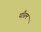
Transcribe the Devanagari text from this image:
याँग्नम